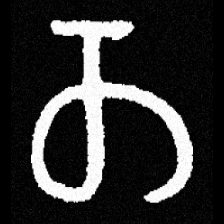
Pyu character \u2014 Myanmar letter: တ (romanized: ta)